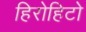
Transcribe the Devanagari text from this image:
हिरोहिटो